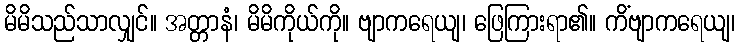
မိမိသည်သာလျှင်။ အတ္တာနံ၊ မိမိကိုယ်ကို။ ဗျာကရေယျ၊ ဖြေကြားရာ၏။ ကိံဗျာကရေယျ၊